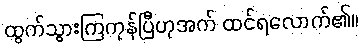
ထွက်သွားကြကုန်ပြီဟုအက် ထင်ရလောက်၏။